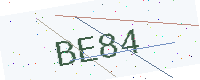
Text: BE84